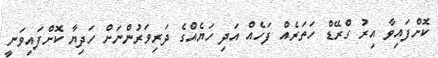
ކޮށްފައިވާ އިރު ގްރޭޑް ހަތަރެއް ފަހެއް އަދި ހަޔެއްގެ ދަރިވަރުންނަށް ހަދިޔާ ކޮށްފައިވަނީ